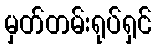
မှတ်တမ်းရုပ်ရှင်